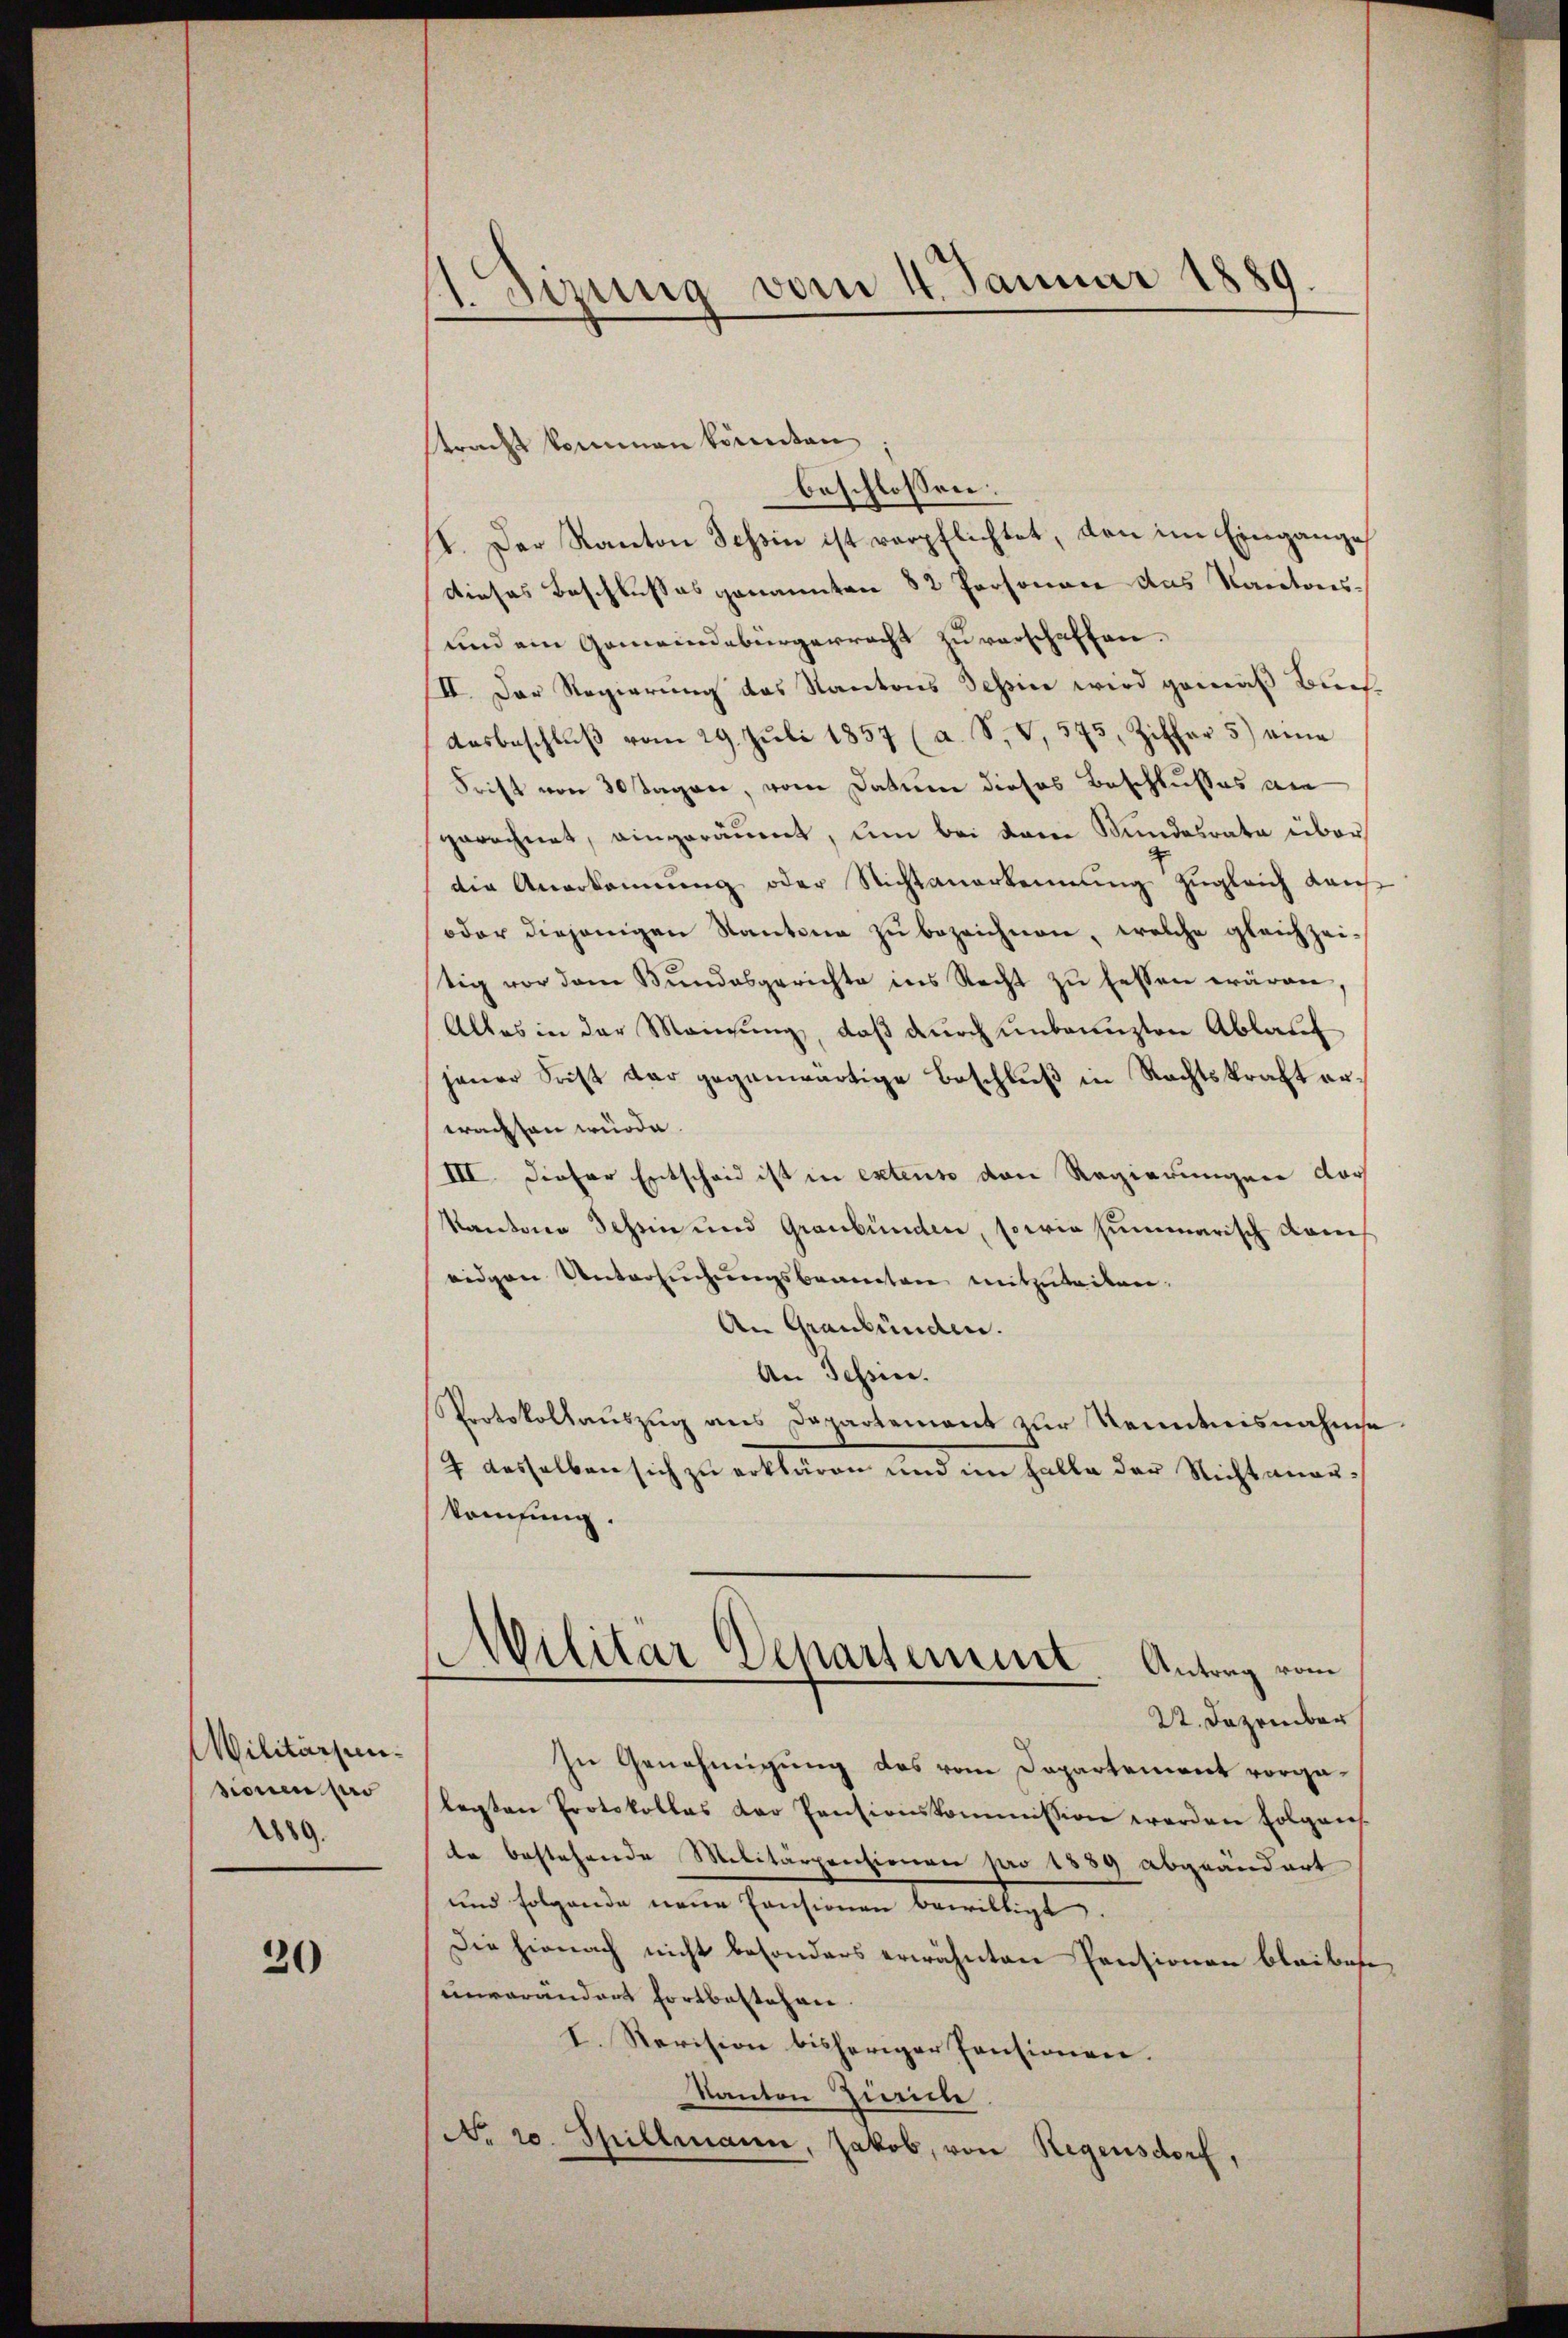
Militärsunsionen pas
1889.

20

Sizung vom 14. Januar 1889.

tracht kommen könnten
beschlossen:
II. Der Kanton Schin ist verpflichtet, den im Eingange
dieses Beschlußes genannten 82 Personace das Kantons¬
und ein Gemeindebürgerracht zu verschaffen.
II. Der Regierung des Kantons Tessin wird gemäß Buch
dasbeschlŭβ vom 29. Jŭli 1857 (a. S. V, 575, Ziffer 5) eine
Frist von 30 Tagen, vom Datum dieses Beschlusses an
gerechnet, eingeräumt, um bei dem Bundesrate über
die Anerkennung oder Nichtanerkennung zugleich Kauf
oder diejenigen Kantone zu bezeichnen, welche gleichzeitig vor dem Bŭndesgerichte ins Recht zŭ bessen wären,
Alles in der Meinŭng, daβ dŭrch unbeanzten Ablauf
jener Frist der gegenwärtige Beschlŭβ in Rechtskraft erwachten würde.
III. Dieser Entscheid ist in extenso von Regierungen doch
kantone Schein und Graubünden, sowie summarisch kam
eidgen Untersuchungsbeamten mitzuteilen.
An Graubünden.
An Schen.
Portokollaŭszŭg ans Departement zur Kenntnisnahme
7 dasselben sich zu erklären und im Falle der Nichtanerkomsung.
Militär Departement Antrag vom
22. Dezember
In Genehmigung des vom Departement vorgalegten Protokolles der Pensionskommission werden folgens
te bestehende Militärpensionen pro 1889 abgeändert
und folgende neue Pensionen bewilligt.
Die hienach nicht besonders erwähnten Pensionen bleibese
unverändert fortbestehen.
I. Revision bisheriger Pensionen.
Kanton Zürich.
No 20. Spillmann, Jakob, von Regensdorf,